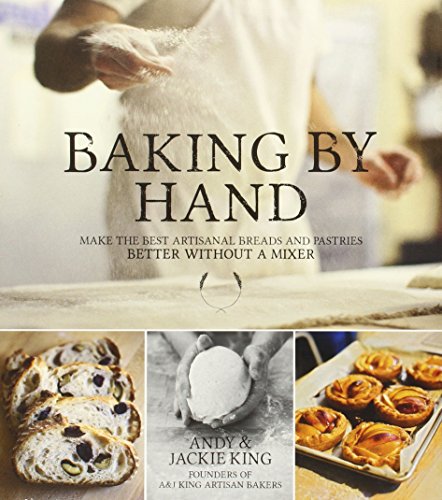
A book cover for Baking By Hand: Make the Best Artisanal Breads and Pastries Better Without a Mixer; Andy King; Cookbooks, Food & Wine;